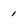
Character: 1